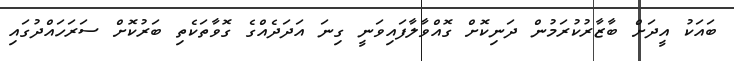
ބައަކު އީދަށް ބާޒާރުކުރަމުން ދަނިކޮށް ގޮއްވާލާފައިވަނީ ގިނަ އަދަދެއްގެ ގޮވާތަކެތި ބަރުކޮށް ސަރަހައްދުގައި